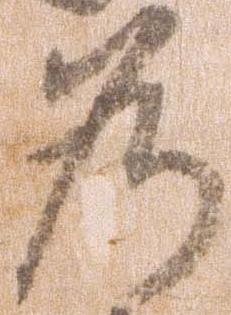
若